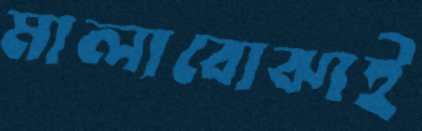
মালাবোঝাই